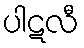
ပါဋလီ